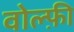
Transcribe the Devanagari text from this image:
वोल्फ़ी